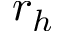
r _ { h }